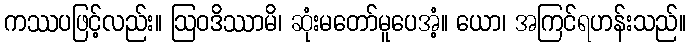
ကဿပဖြင့်လည်း။ ဩဝဒိဿာမိ၊ ဆုံးမတော်မူပေအံ့။ ယော၊ အကြင်ရဟန်းသည်။